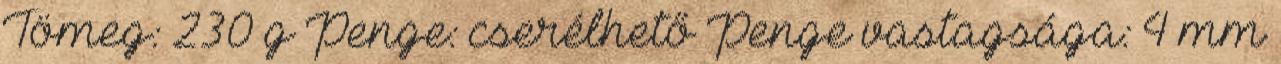
Tömeg: 230 g Penge: cserélhető Penge vastagsága: 4 mm